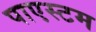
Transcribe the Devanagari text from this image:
पाएस्टम